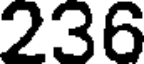
236